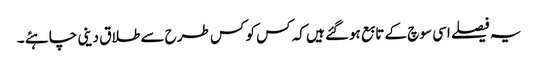
یہ فیصلے اسی سوچ کے تابع ہوگئے ہیں کہ کس کو کس طرح سے طلاق دینی چاہئے ۔